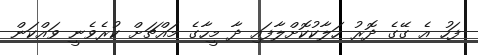
ފަހު އެ ގޭގެ ދޮރު ހަލާކުކޮށްލާފައި ދާ މީހާގެ މައްޗަށް ކުރެވެނީ ވައްކަން